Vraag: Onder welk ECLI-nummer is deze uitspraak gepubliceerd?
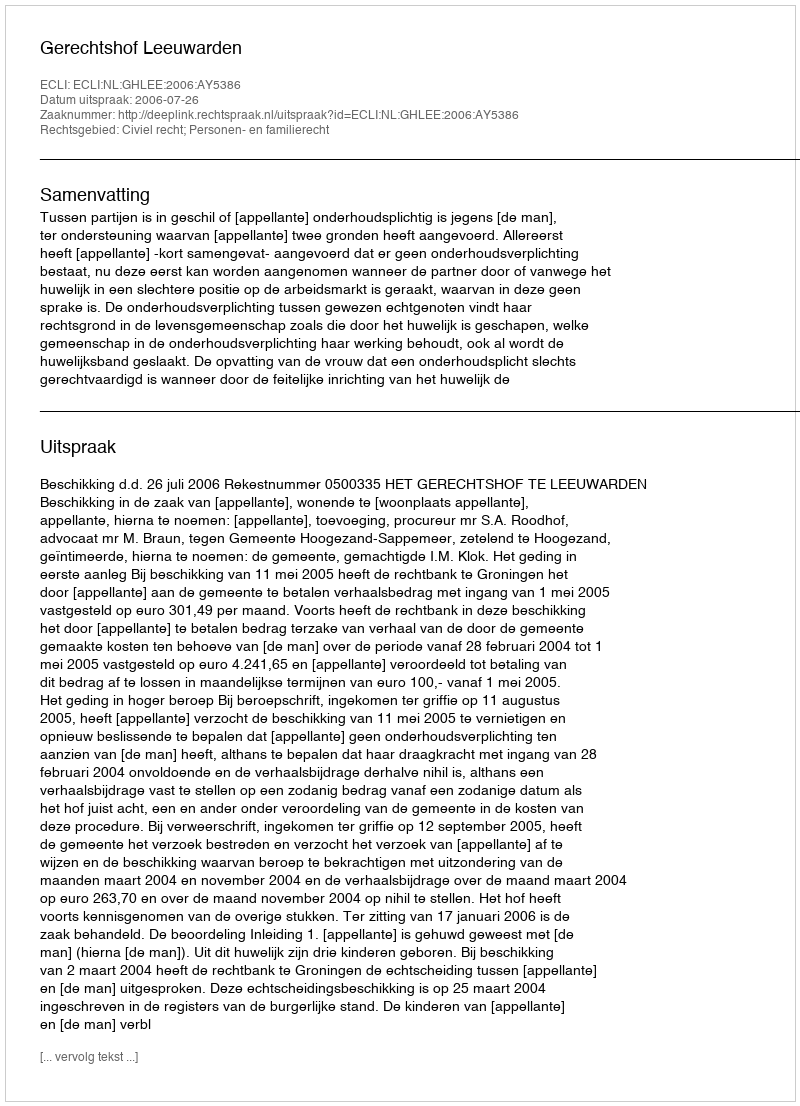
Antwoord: ECLI:NL:GHLEE:2006:AY5386